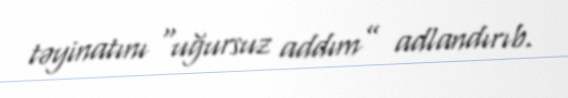
təyinatını “uğursuz addım” adlandırıb.